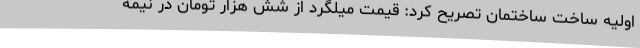
اولیه ساخت ساختمان تصریح کرد: قیمت میلگرد از شش هزار تومان در نیمه